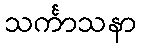
သင်္ကာသနာ